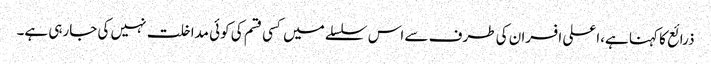
ذرائع کا کہنا ہے،اعلی افسران کی طرف سے اس سلسلے میں کسی قسم کی کوئی مداخلت نہیں کی جارہی ہے۔